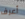
أعرف